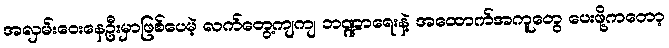
အလှမ်းဝေးနေဦးမှာဖြစ်ပေမဲ့ လက်တွေ့ကျကျ ဘဏ္ဍာရေးနဲ့ အထောက်အကူတွေ ပေးဖို့ကတော့